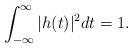
\begin{align*}\int_{-\infty}^{\infty}| h(t)|^{2} dt = 1.\end{align*}